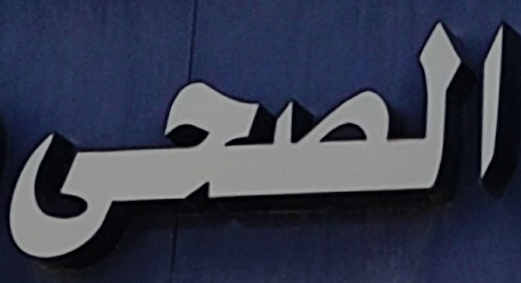
الصحى